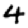
Digit: 4